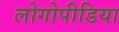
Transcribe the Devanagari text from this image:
लोगोपीडिया